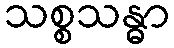
သစ္စသန္ဓာ